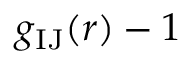
g _ { \mathrm { I J } } ( r ) - 1